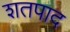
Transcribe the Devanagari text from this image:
शतपाद